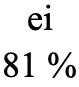
ei 81 %